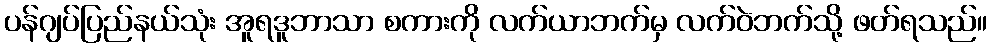
ပန်ဂျပ်ပြည်နယ်သုံး အူရဒူဘာသာ စကားကို လက်ယာဘက်မှ လက်ဝဲဘက်သို့ ဖတ်ရသည်။